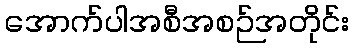
အောက်ပါအစီအစဉ်အတိုင်း